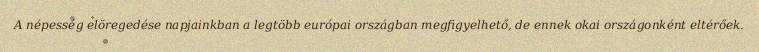
A népesség elöregedése napjainkban a legtöbb európai országban megfigyelhető, de ennek okai országonként eltérőek.